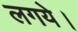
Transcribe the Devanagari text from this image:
लगये।